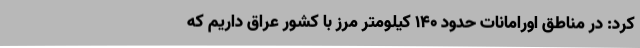
کرد: در مناطق اورامانات حدود 140 کیلومتر مرز با کشور عراق داریم که